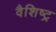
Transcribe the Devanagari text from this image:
वैशिष्ट्र